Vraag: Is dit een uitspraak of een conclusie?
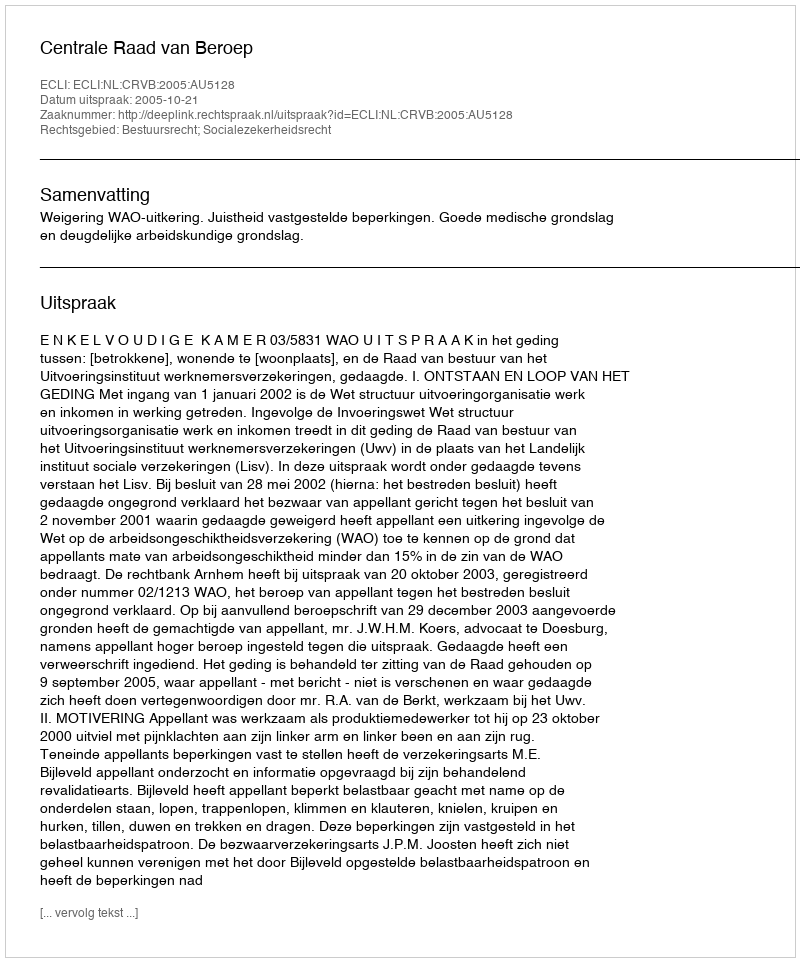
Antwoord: Uitspraak